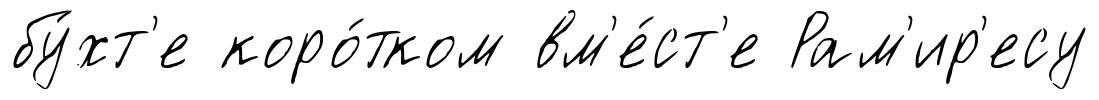
бу́хт'е коро́тком вм'е́ст'е Рам'ир'есу